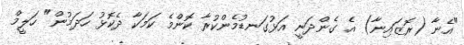
"އެނާ (ރޮޒައިނާ) އެ ގެންދަނީ އަޅުގަނޑުމެންކުރާ ކޮންމެ ކަމަކާ ދެކޮޅު ހަދަމުން" ހަލީމް